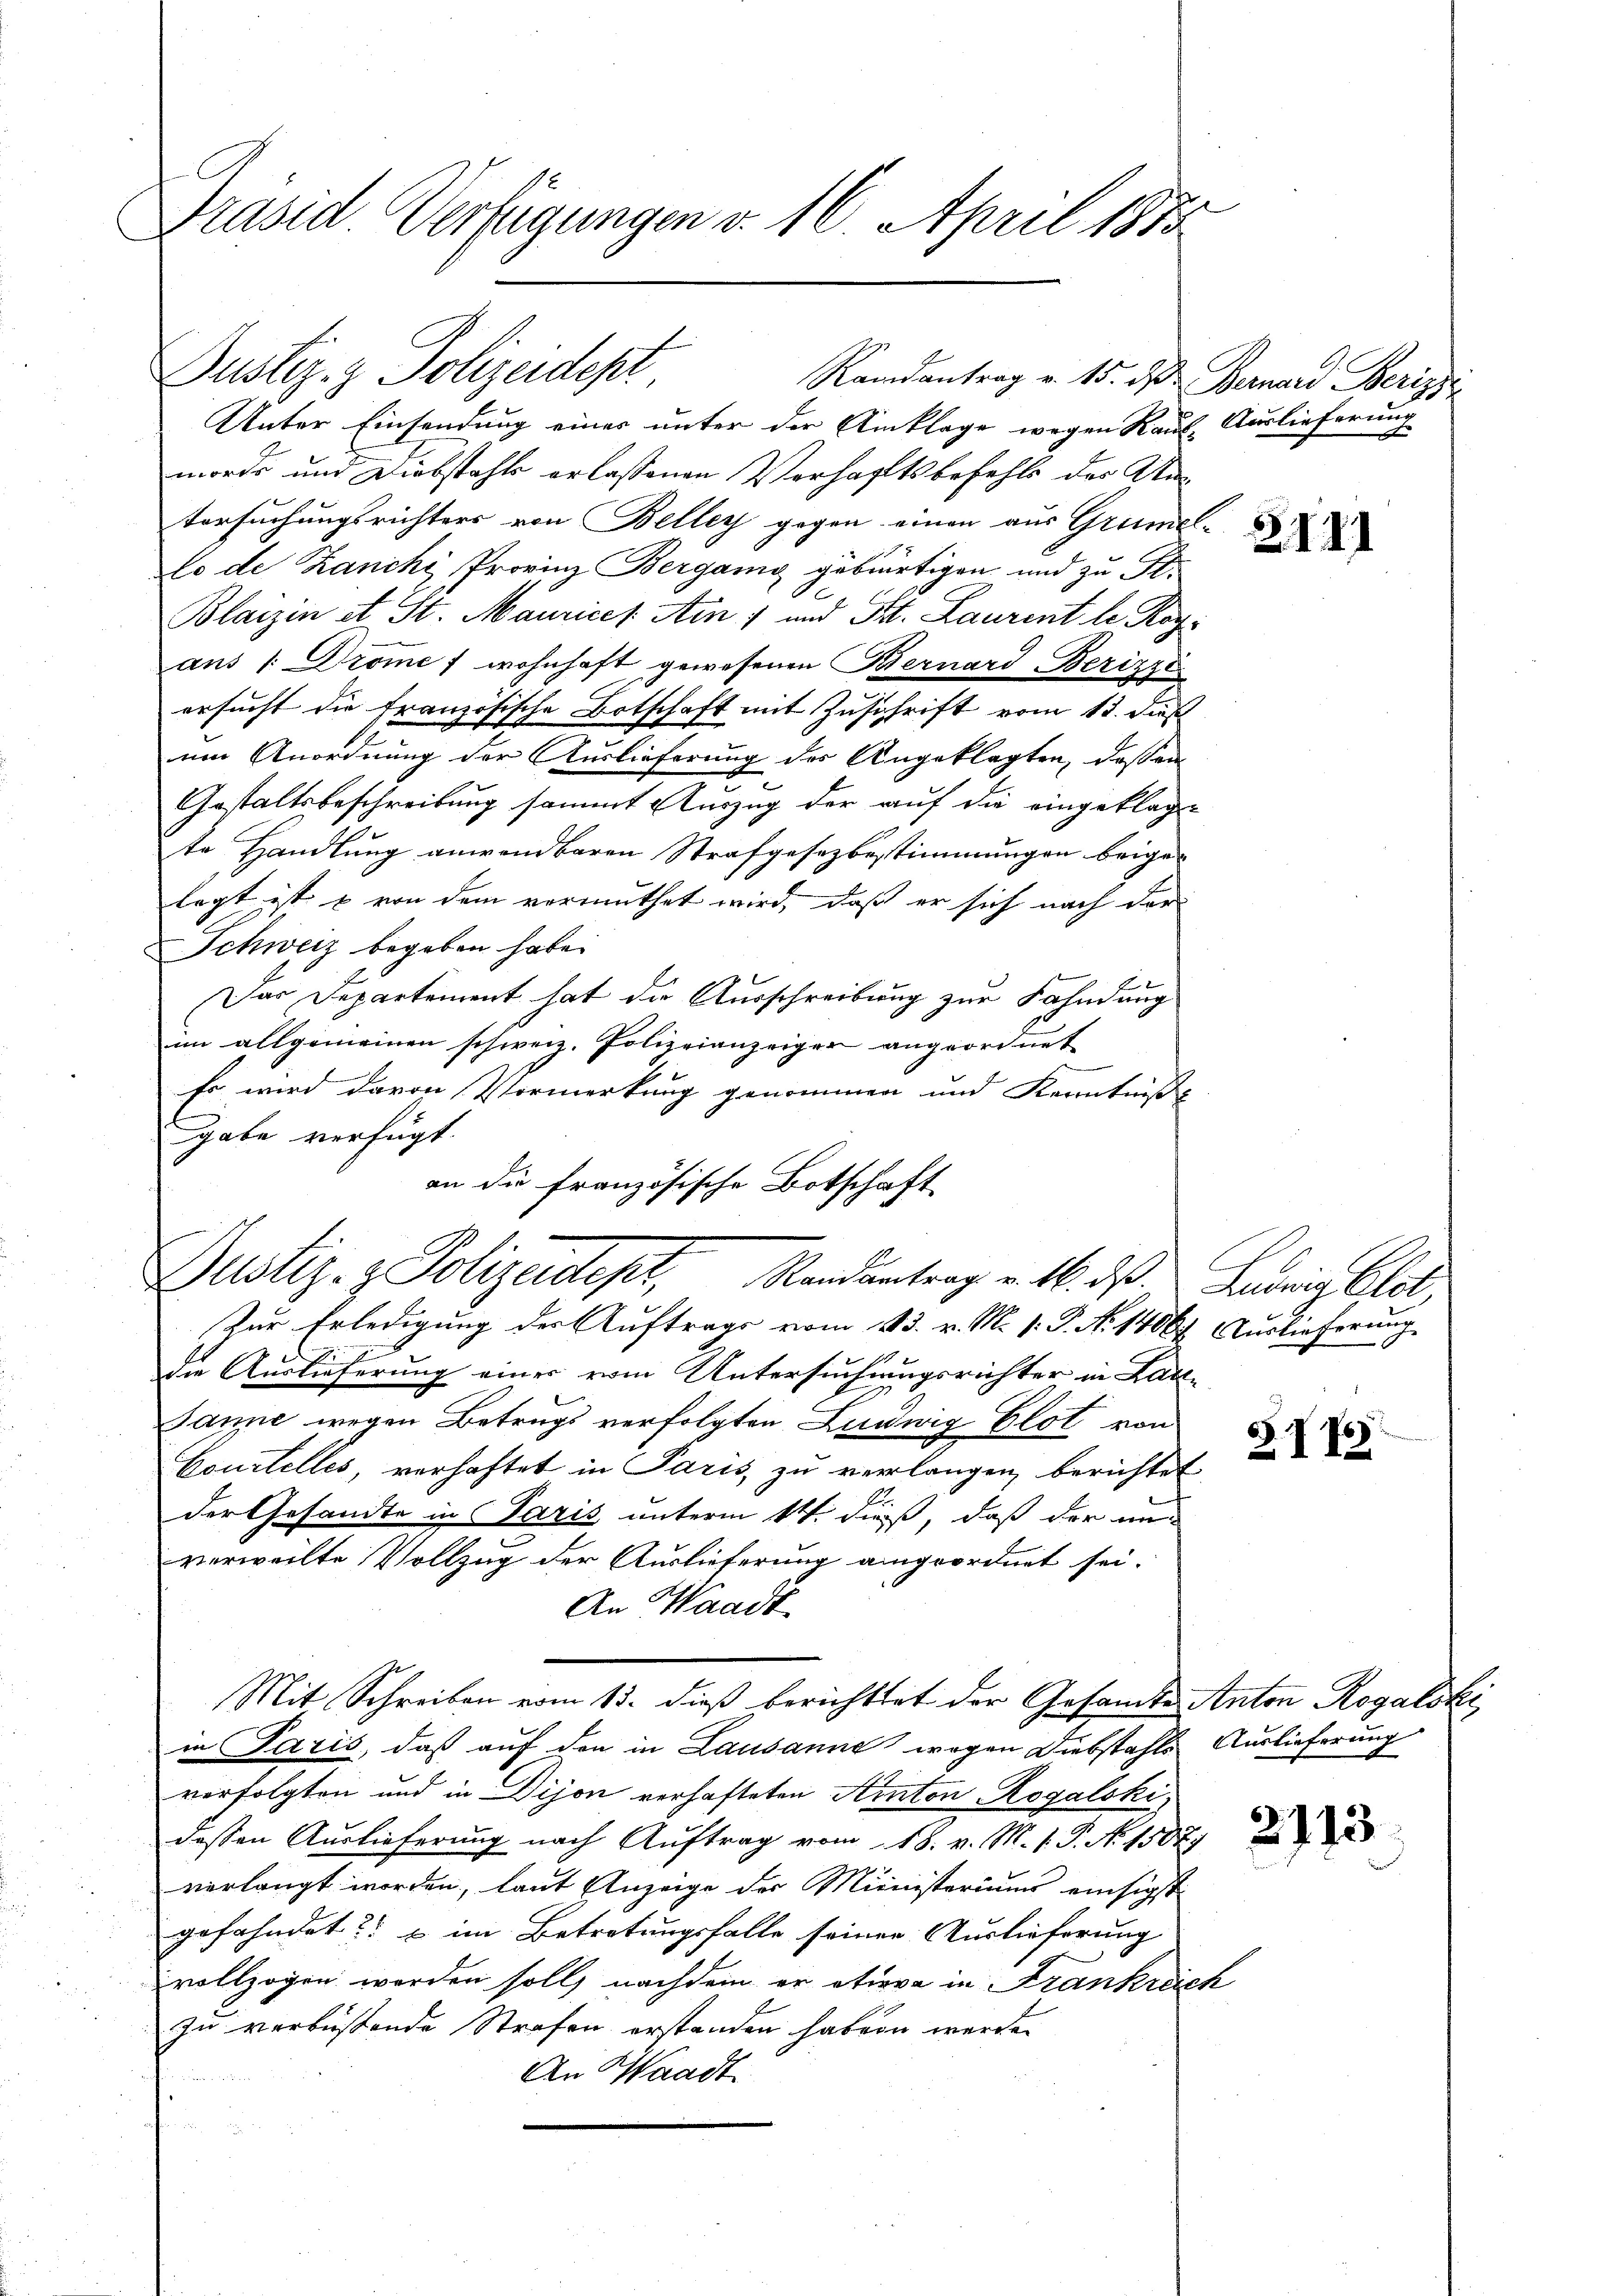
Präsid Verfügungen v. 16. April 1883.

Dustiz- & Polizeidept
Randantrag v. 15. ds Bernard Berizz

gabe verfügt:
an die französische Botschaft
Justiz- & Polizeidept, Randentrag v. M. d

Unter Einsendung eines unter der Umklage wegen Kauf Auslieferun
morde und Diebstahls erlassenen Vorhaftsbefehls des Antersuchungsrichters von Beller gegen einen aus Grümel-
lo de Zanchi, Provinz Bergang gebürtigen und zu St.
Blaizen et St. Maurices Ain 7 und Tit. Laurent le Rogans 1. Drome / wohnhaft gewesenen Bernard Berizzi
ersucht die französische Botschaft mit Zuschrift vom 13. dieß
um Anordnung der Auslieferung der Angeklagten, dassen
t
Gestaltsbeschreibung sammt Auszug der auf die eingeklagte Handlung anwendbaren Strafgesezbestimmungen beigelegt ist & von dem vermuthet wird, daß er sich nach der
Schweiz begeben habe.
Das Departement hat die Ausschreibung zur Fahndung
im allgemeinen schweiz. Polizeianzeiger angeordnet
Er wird davon Vormerkung genommen und Kenntniß
Zur Erledigung der Auftrags vom 13. v. M. v. P. No 1406. Auslieferung
7
1
z
die Auslieferung einer vom Untersuchungsrichter in Lat
Janne wegen Betrugs verfolgten Ludwig Elot von
Coustelles, verhaftet in Paris, zu verlangen berichte
der Gesandte in Paris unterm 14. dieß, daß der unverweilte Vollzug der Auslieferung angeordnet sei.
An Waadt.
Mit Schreiben vom 13. dieß berichttet der Gesamte Anton Rogalski
in Paris, daß auf den in Lausanne wegen Diebstahls Auslieferung
verfolgten und in Dijon verhafteten Anton Rogalski,
dessen Auslieferung nach Auftrag vom 18. v. M. v. P. N. 1507,
verlangt worden, laut Anzeige der Ministeriums einsigst
gefahndet? – im Betretungsfalle seiner Auslieferung
vollzogen worden soll, nachdem er etwa in Frankreic
zu verbüßende Strafen erstanden haben werde.
An Waadt

x

3141

Ludwig Elst

§ 776

2113

.